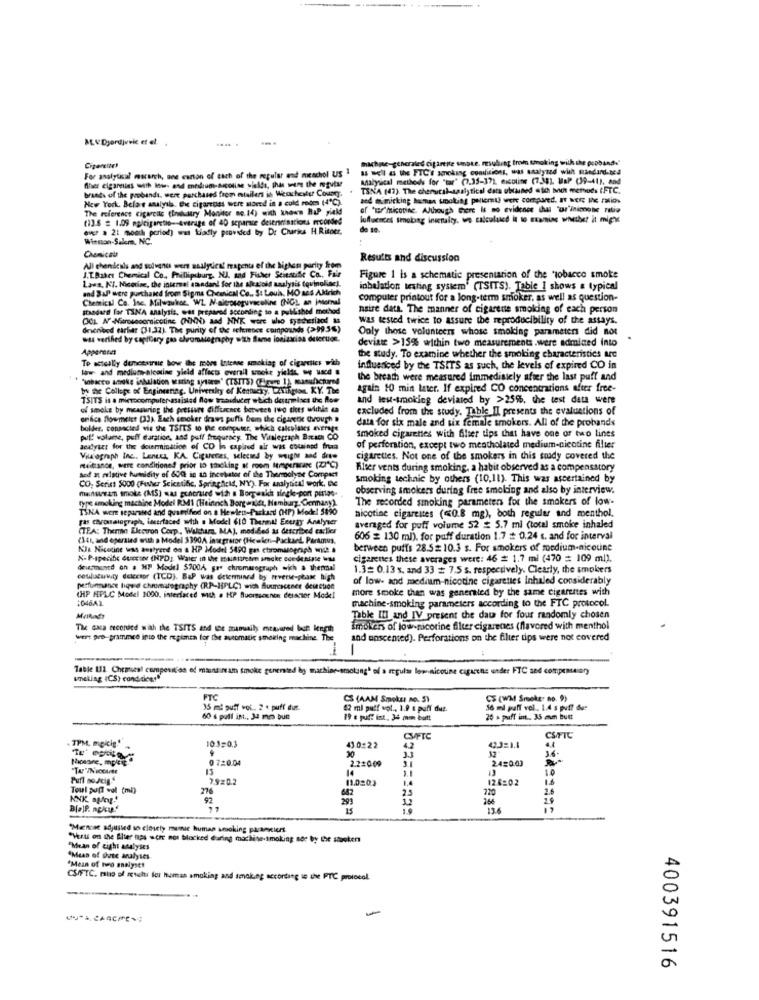
M. V.Djordjevic ef et.
hachme-geheraled cipartite unske, resulting from smoking with the pooband."
Cigarettes
For analytical mscarch, ane carton of each of the regular and meschol US 1
a M & the FTC'S sonoking conditions, was analyzed with Randand.ned
Analysical methods for "tar" (7.35-17), escoline (7.381. MaP (39-41), and
brands of the probands. were purchased from atailens is Weochester Cousg.
TSNA (47). The chenucal-saalytical data obtained sto bon methods (FTC.
New York. Belas analysla. exe cigareoss were moved in a cold room (4℃).
and mimicking henes smoking pellemt) were compared. IT NER Ic ratios
The reference cigareac (lnikutry Monitor no. 14) with known BuP yield
(13.5 = 1.09 epicigaretio-Average of 40 separate delerininations mcorded
lufluences Smoking inunaity. ws calculuscd it to examine whiter it mipk
owe . 21 month period) was tiadly provided by Dr Chris H.Risper,
de 10
Winmon-Salem, NC.
Chemical
Results and discussion
All chendeals and solvents were saalydest magenta ef the highest purity from
J.T.Babci Chemical Co ., Phillipsburg, NJ. sad Fisher Scientific Ca ., Fait
Laws, KI. Nicotine, the internal standand for the alkatokd analysis tovinoling].
Figure 1 is a schematic presentation of the "tobacco smoke
and SAP were purchased from Sigma Chemical Co ., St Loua. MO sas Akirich
inhalation testing system" (TSITS). Table I shows a typical
Chemical Co. Inc. Milwaukee. W. N.altroseguraceline (NGL an Internal
computer printout for a long-term smoker, as well as question-
standard for TINA analysis, was prepared according to a published method
naire data. The manner of cigarene smoking of each person
was tested twice to assure the reproducibility of the assays.
described earlier (11,32). The purity of the reference compounds (>9956)
Only those volunteers whose smoking parameters did not
was verified by capillary gas elvomitography with fame ionizacion deterton.
deviate >15% within two measurements .were admined into
Apparena
To actually demcestrate hour the more Intense smoking of cigaretics with
the study. To examine whether the smoking characteristics are
law and mediums-alcaline yield affects overall unokt yields we used
influenced by the TSITS as such, the levels of expired CO in
* "inbacco auke inhalation wearing system" (TSITS) (Figure 1), masuhctard
the breath were measured immediately after the last puff and
by the College of Engineering. University of Kentucky, LAtipson KY. The
again 10 min later. If expired CO concentrations after free-
TSITS is a microcomputer assisted flow transducer which destrmises the flow
and text-smoking deviated by >25%. the test data were
of smoke by measuring the pressure difference between two ties within e
excluded from the study. Table IL presents the evaluations of
orifice flowmeist (33). Each smoker draws puffs bem the cigaretke Chvough
data for six male and six female smokers. All of the probands
bolder. connected vie the TSITS to ne computer, which calcolases average
smoked cigarettes with filter tips that have one or two lines
puff volume, puff daration, and puff frequracy. The Vialegraph Besch CO
dealytet for the determination of CO in caplied air was cousinsd frua
of perforation, except two mentholated medium-nicotine filter
Viliograph Inc. Leness KA. Cigarenes, selecmed by weight and drue
cigarettes. Not one of the smokers in this sody covered the
mittance, were conditioned prior to theking of room Iertperacare (Z7℃)
Alter vents during smoking, a habit observed as a compensatory
hod a: relative humidity of 600 in an incubator of the Thermolyne Compact
CO. Serist 5000 (Fisher Scientific, Springfield, NY). Far amlytta! work, ne
Smoking technic by others (10,11). This was ascertained by
manswan smoke (MS) was generated with a Borgwalk single-pont pitlos-
observing smokers during free smoking and also by interview.
type smoking machine Model RM1 (Heinrich Borgwalet, Nemburg, Connany).
The recorded smoking parameters for the smokers of low-
TSNA were separated and quafrifod on a Hewlett-Packard (HP) Model 5890
nicotine cigareites (<0.8 mg), both regular and menthol.
ras chromatograph, imeerfaced with . Model 610 Thermal Energy Analyser
(TEA: Themin Electron Corp , Waltham, MAJ, mod &ed as described carlier
averaged for puff volume 52 # 5.7 ml (total smoke inhaled
(341, and operated with a Model 3390A Integrator (Hewlett-Packard Parkmus,
606 = 130 ml), for puff duration 1.7 # 0.24 s. and for interval
Nia Nicotine was anstyeed on a HP Model 5490 gas etaromasograph wid s
berween puffs 28.52 10.3 s. For smokers of medium-nicotine
X-P-specific ductor (NPD) Water in the mainstream smoke ccedesiste wa
cigarettes these averages were: 46 # 1.7 ml (470 = 109 ml).
destuntd on . HP Model $700A gre chromatograph wich a thensal
1.3 0.13 s. and 33 = 7.5 s. respectively. Clearly, the smokers
coulutuwaty detector (TCD). B&P was determined by reverse-phase high
of low- and medium-nicotine cigarettes Inhaled considerably
perfunmance liquid chromatography (RP-HPLC) wich Suurcscener desetice
more smoke than was generated by the same cigarenes with
(HP HPLC Model 1000, interfaced with . HP Buonesachen deischer Model
:046A)
machine-smoking parameters according to the FTC protocol.
Table III and IV present the data for four randomly chosen
The casa recorded with the TSITS and we manually measured ben length
imokers of low-nicotine filter cigarettes (flavored with menthol
wert pro-prammee into the regimen for the automatic smoking machine. The
and unscented). Perforations on the filter dips were not covered
-
-
Table 111. Chemical composition of manntittat smoke genemind by machine-smotungt of a regular low nicotine cagarens under FTC and compemasary
uneting ICS) cond.tices"
FTC
CS (AAM Smoker mo. 5)
CS (WM Smoke" no. 9)
35 ml puff vol. 2 € puff dur
42 ml puff wot ., 1.9 & puff dus.
56 ml puff vel. 1.4 s puff due
60 € pull int ., 34 mm bue
19 e puff int. 34 mm butt
20 a puff int .. 35 mm butt
TPM, maicie."
101=0.3
CM/FTC
430-22
42
0 720.04
14
2.2200
Puff sofeige
7.920.2
11.0203
Toul puff wol (mi)
276
642
KNK, autor.'
299
25
B[a]f. neku."
77
"Mensee adjusted so closely mumie human smoking paramiers
"Hearts on the Alter nes were not blocked during machite-smoking noe by the stooken
"Mean of eight analyses
"Mean of date analyses
"Mean of tvo analyse!
CS/FTC. muo of reschr for human smoking and smoking according to the FTC protocol.
-
400391516